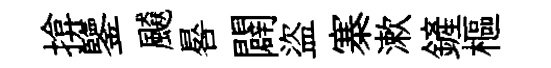
揜鑒飇晷闢盜寨漱鏟樞